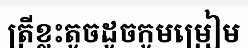
ត្រីខ្លះតូចដូចកូមម្រៀម